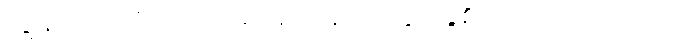
ကျွန်တော်တို့သည် ဆေးရုံဝရန်တာတွင် ခွဲစိတ်ကုသကြသည်။